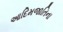
આદિમજાતિના